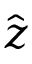
\hat { \boldsymbol { z } }